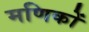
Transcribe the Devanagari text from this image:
मणिकों